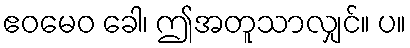
ဧဝမေဝ ခေါ၊ ဤအတူသာလျှင်။ ပ။